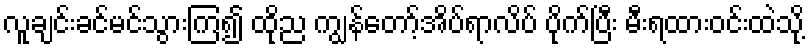
လူချင်းခင်မင်သွားကြ၍ ထိုည ကျွန်တော့်အိပ်ရာလိပ် ပိုက်ပြီး မီးရထားဝင်းထဲသို့